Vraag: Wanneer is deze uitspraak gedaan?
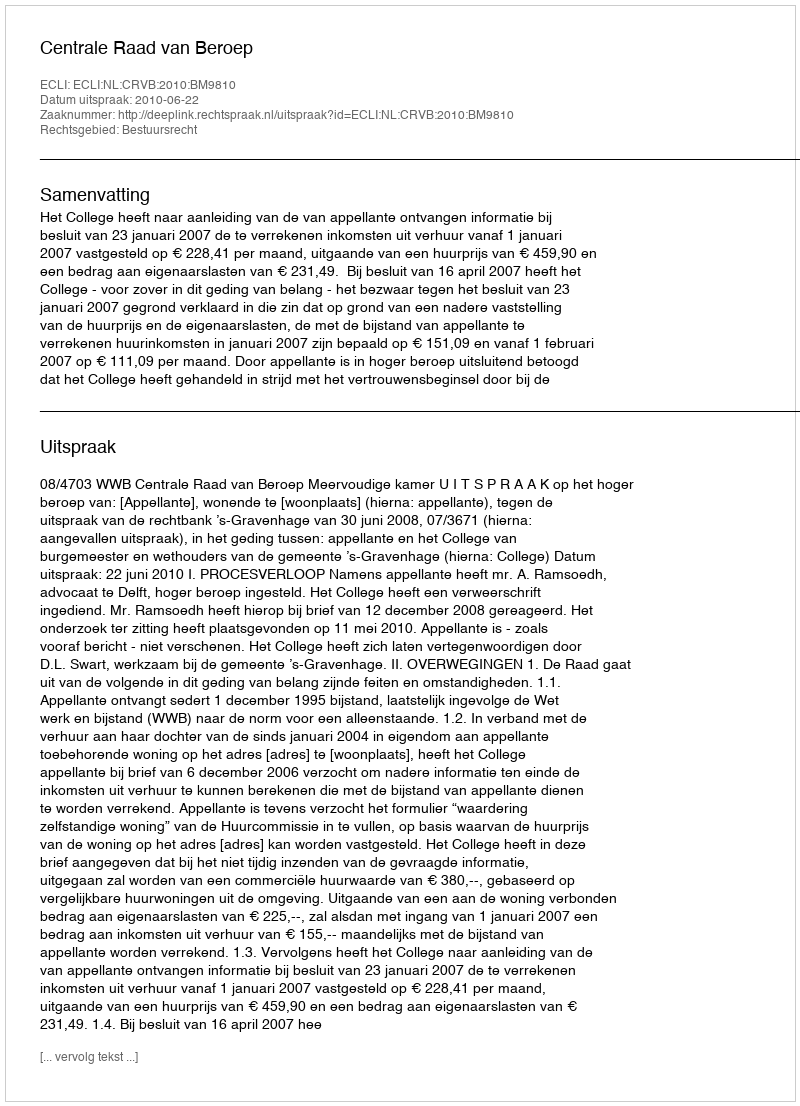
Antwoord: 2010-06-22